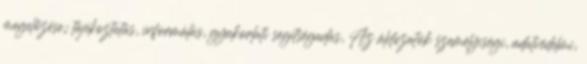
megelőzése; tájékoztatás, informálás, gyakorlati segítségadás, Az áldozatok személyiségi, adatvédelmi,